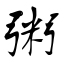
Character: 粥